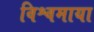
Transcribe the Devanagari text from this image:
विश्वमाया